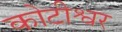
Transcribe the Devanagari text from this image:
कोटीश्वर